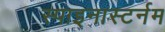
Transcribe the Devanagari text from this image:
स्पाइनास्टर्नम